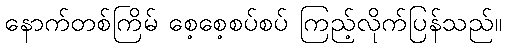
နောက်တစ်ကြိမ် စေ့စေ့စပ်စပ် ကြည့်လိုက်ပြန်သည်။